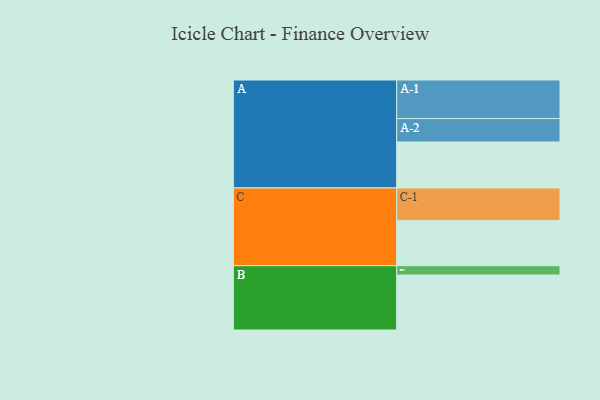
{"axis": {"x": "Segment", "y": "Value"}, "legend": ["", "A", "B", "C"], "data": [{"x": "A", "y": 353, "type": ""}, {"x": "B", "y": 422, "type": ""}, {"x": "C", "y": 346, "type": ""}, {"x": "A-1", "y": 296, "type": "A"}, {"x": "A-2", "y": 180, "type": "A"}, {"x": "B-1", "y": 72, "type": "B"}, {"x": "C-1", "y": 251, "type": "C"}]}